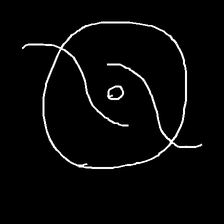
Glyph: repetition